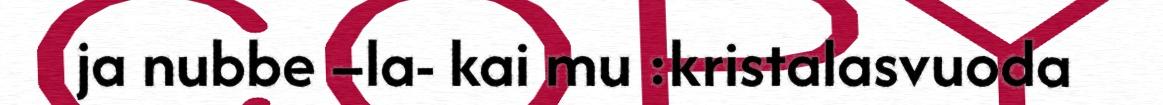
ja nubbe –la- kai mu :kristalasvuoda